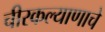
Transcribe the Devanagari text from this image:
चीरकल्याणाचे